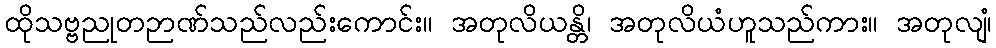
ထိုသဗ္ဗညုတဉာဏ်သည်လည်းကောင်း။ အတုလိယန္တိ၊ အတုလိယံဟူသည်ကား။ အတုလျံ၊